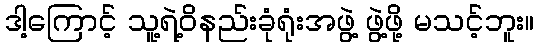
ဒါ့ကြောင့် သူ့ရဲ့ဝိနည်းခုံရုံးအဖွဲ့ ဖွဲ့ဖို့ မသင့်ဘူး။